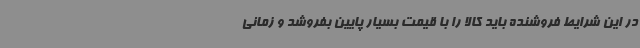
در این شرایط فروشنده باید کالا را با قیمت بسیار پایین بفروشد و زمانی